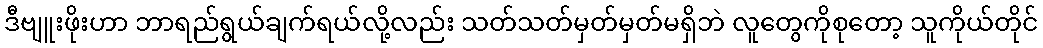
ဒီဗျူးဖိုးဟာ ဘာရည်ရွယ်ချက်ရယ်လို့လည်း သတ်သတ်မှတ်မှတ်မရှိဘဲ လူတွေကိုစုတော့ သူကိုယ်တိုင်